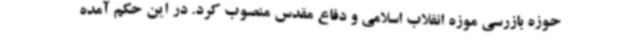
حوزه بازرسی موزه انقلاب اسلامی و دفاع مقدس منصوب کرد. در این حکم آمده